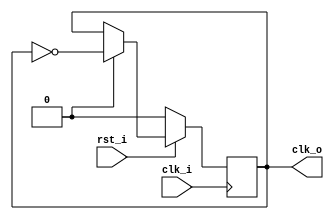
module clock_divider(

                input      clk_i,
                input      rst_i,
                output reg clk_o

);

reg [4:0] counter;

always @(posedge clk_i)begin

    if(!rst_i)begin
        divider<=0;
        clk_o<=0;
    end
    else begin
        if(counter[4]==1'b1)begin
            clk_o<=~clk_o;
        end
    end
end

endmodule